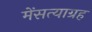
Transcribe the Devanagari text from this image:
मेंसत्याग्रह